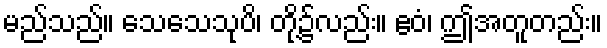
မည်သည်။ သေသေသုပိ၊ တို့၌လည်း။ ဧဝံ၊ ဤအတူတည်း။